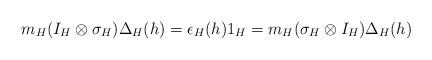
LaTeX: \begin{align*} m_H(I_H \otimes \sigma_H) \Delta_H(h) = \epsilon_H(h)1_H = m_H(\sigma_H \otimes I_H)\Delta_H(h) \end{align*}